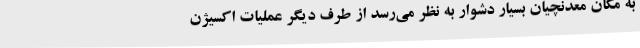
به مکان معدنچیان بسیار دشوار به نظر می‌رسد از طرف دیگر عملیات اکسیژن